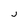
Character: j